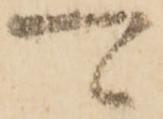
可